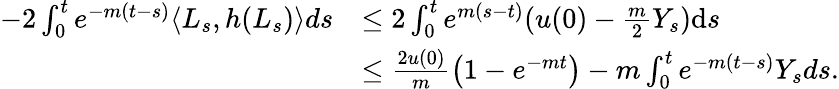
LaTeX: \begin{array}{rl}{-2\int_{0}^{t}e^{-m(t-s)}\langle L_{s},h(L_{s})\rangle ds}&{\leq 2\int_{0}^{t}e^{m(s-t)}(u(0)-\frac{m}{2}Y_{s})\mathrm{d}s}\\ &{\leq\frac{2u(0)}{m}\left(1-e^{-mt}\right)-m\int_{0}^{t}e^{-m(t-s)}Y_{s}ds.}\end{array}